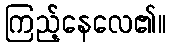
ကြည့်နေလေ၏။